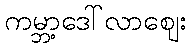
ကမ္ဘာ့ဒေါ်လာဈေး